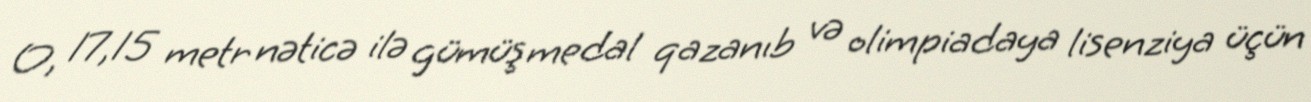
O, 17,15 metr nəticə ilə gümüş medal qazanıb və olimpiadaya lisenziya üçün